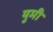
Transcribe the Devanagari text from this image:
युमी